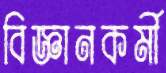
বিজ্ঞানকর্মী